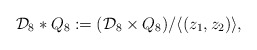
\begin{align*}\mathcal{D}_8 \ast Q_8 := (\mathcal{D}_8 \times Q_8)/\langle(z_1,z_2) \rangle,\end{align*}